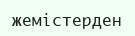
жемістерден